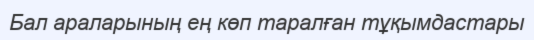
Бал араларының ең көп таралған тұқымдастары